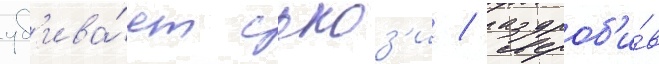
уб'ива́ет сьюз'и / раздроб'и́в